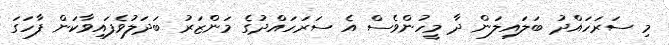
މި ސަރަހައްދު ބަލައިލަން ދާ މީހުންވެސް އެ ސަރަހައްދުގެ މަންޒަރު ބަދަލުވެފައިވާކަން ފާހަގަ